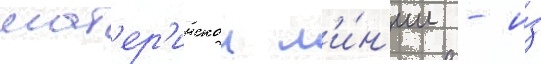
мат'ер'инскои л'и́н'ии - и́з